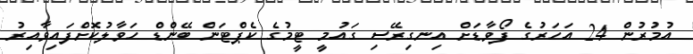
އުމުރުން 24 އަހަރުގެ ފޯވާޑަށް އިނގިރޭސި ގައުމީ ޓީމުގެ ކެޕްޓަން ބޭންޑް ހަވާލުކޮށްފައިވާއިރު